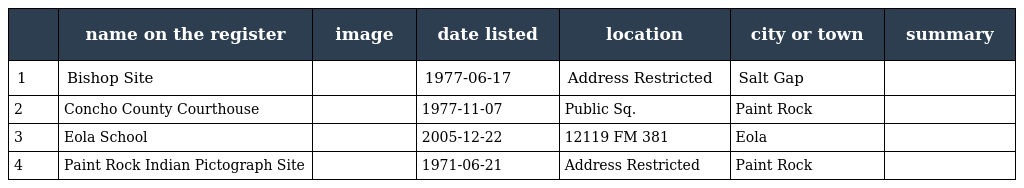
|  | name on the register | image | date listed | location | city or town | summary |
 | --- | --- | --- | --- | --- | --- | --- |
 | 1 | Bishop Site |  | 1977-06-17 | Address Restricted | Salt Gap |  |
 | 2 | Concho County Courthouse |  | 1977-11-07 | Public Sq. | Paint Rock |  |
 | 3 | Eola School |  | 2005-12-22 | 12119 FM 381 | Eola |  |
 | 4 | Paint Rock Indian Pictograph Site |  | 1971-06-21 | Address Restricted | Paint Rock |  |